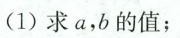
求a，b的值：